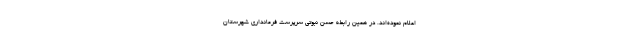
اعلام نموده‌اند. در همین رابطه حسن نبوتی سرپرست فرمانداری شهرستان